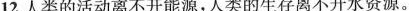
12.人类的活动离不开能源，人类的生存离不开水资源。